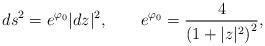
LaTeX: \begin{align*}ds^2=e^{\varphi_0}|dz|^2,\qquad e^{\varphi_0}={4\over \left(1+|z|^2\right)^2},\end{align*}